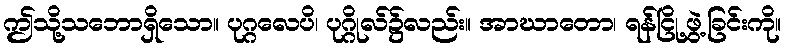
ဤသို့သဘောရှိသော။ ပုဂ္ဂလေပိ၊ ပုဂ္ဂိုလ်၌လည်း။ အာဃာတော၊ ရန်ငြို့ဖွဲ့ခြင်းကို။